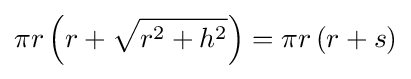
\pi r\left(r+{\sqrt {r^{2}+h^{2}}}\right)=\pi r\left(r+s\right)